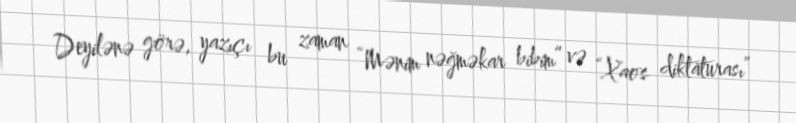
Deyilənə görə, yazıçı bu zaman “Mənim nəğməkar bibim” və “Xaos diktaturası”